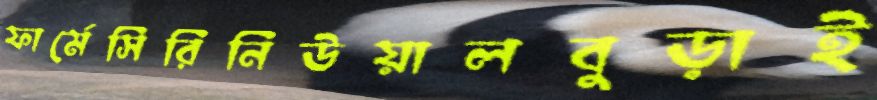
ফার্মেসিরিনিউয়ালবুড়াই